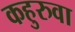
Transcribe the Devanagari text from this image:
कहुरुवा